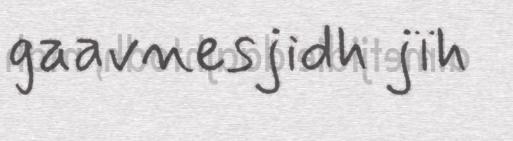
gaavnesjidh jïh